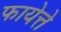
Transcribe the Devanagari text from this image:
फायेत्ते